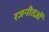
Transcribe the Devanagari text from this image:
रजनीतज्ञों